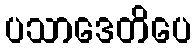
ပသာဒေတိပေ